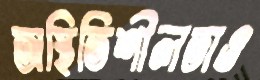
অস্থিতিশীলতাও